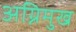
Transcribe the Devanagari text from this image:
अग्निमुख